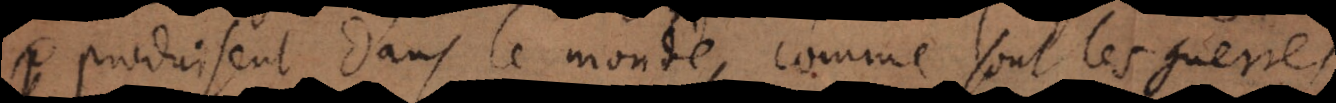
produisent dans le monde, comme sont les guerr